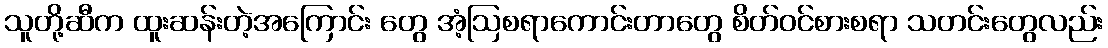
သူတို့ဆီက ထူးဆန်းတဲ့အကြောင်း တွေ အံ့ဩစရာကောင်းတာတွေ စိတ်ဝင်စားစရာ သတင်းတွေလည်း